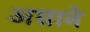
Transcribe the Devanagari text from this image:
अग्राने